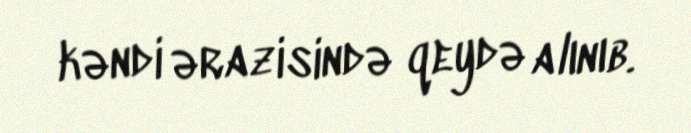
kəndi ərazisində qeydə alınıb.